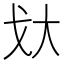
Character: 𫻨